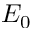
E _ { 0 }